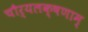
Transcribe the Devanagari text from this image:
चौर्यलक्षणाम्